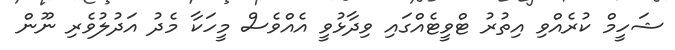
ޝަހީމް ކުރެއްވި އިތުރު ޓްވީޓެއްގައި ވިދާޅުވީ އެއްވެސް މީހަކާ މެދު އަދުލުވެރި ނޫން